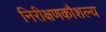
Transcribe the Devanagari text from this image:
निरीक्षणकौशल्य